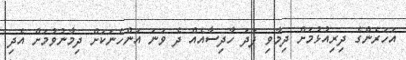
އަހަރެންގެ ދިރިއުޅުމަށް ދިމާވި ފަދަ ހާދިސާއެއް ދެ ވަނަ އަންހެނަކަށް ދިމާނުވުމަށް އެދި